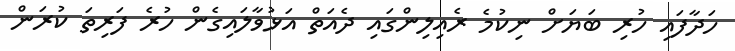
ހަދާފައި ހުރި ބަޔަށް ނިކުމެ ރެއިލިންގައި ދެއަތް އަޅުވާލައިގެން ހުރެ ފަރިތަ ކުރަން